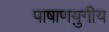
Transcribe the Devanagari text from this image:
पाषाणयुगीय